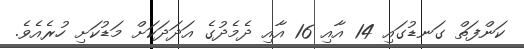
ކަންފަތް ގަނޑުގައި 14 އާއި 16 އާއި ދެމެދުގެ އަދަދަަކަށް މަޑުކަށި ހުރެއެވެ.